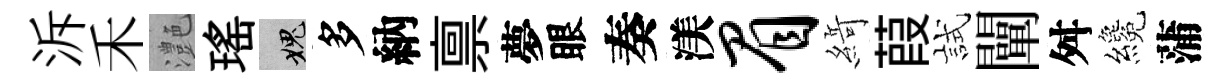
泝禾灔瑤愧多納禀夢眼奏渼眉𦂶葭試闡舛纔蒲